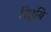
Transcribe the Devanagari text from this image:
रिहयि